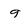
Character: 9